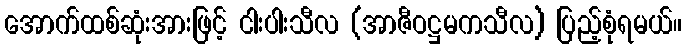
အောက်ထစ်ဆုံးအားဖြင့် ငါးပါးသီလ (အာဇီဝဋ္ဌမကသီလ) ပြည့်စုံရမယ်။